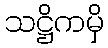
သဋ္ဌိကမှိ